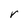
Character: r